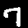
Label: 7